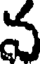
వ